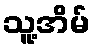
သူ့အိမ်